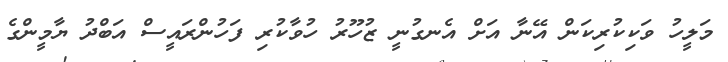
މަލީހު ވަކިކުރިކަން އޭނާ އަށް އެނގުނީ ޒުހޫރު ހުވާކުރި ފަހުންރައީސް އަބްދު ޔާމީންގެ